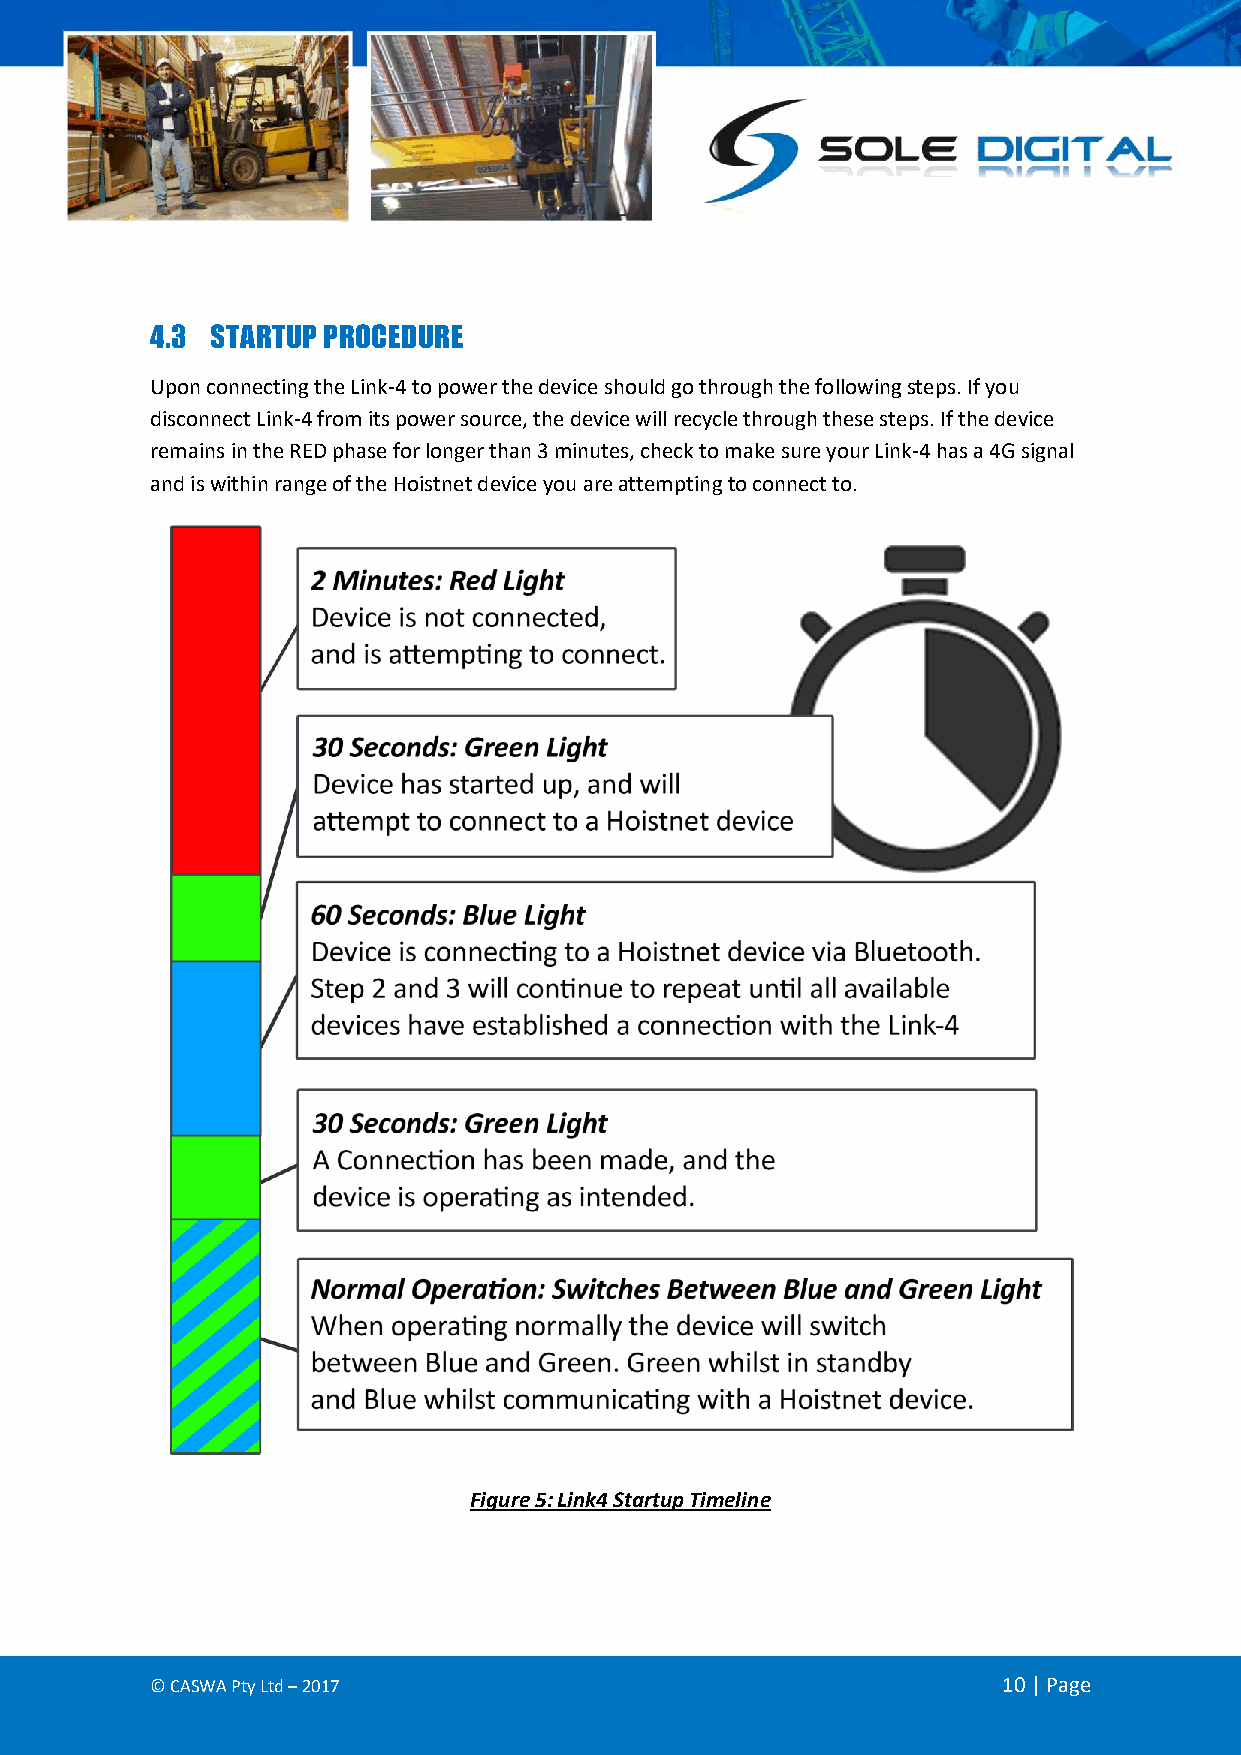
4.3 STARTUP PROCEDURE
 Upon connecting the Link-4 to power the device should go through the following steps. If you
 disconnect Link-4 from its power source, the device will recycle through these steps. If the device
 remains in the RED phase for longer than 3 minutes, check to make sure your Link-4 has a 4G signal
 and is within range of the Hoistnet device you are attempting to connect to.
 Figure 5: Link4 Startup Timeline
 © CASWA Pty Ltd – 2017                                  10 | Page